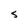
Character: S